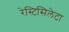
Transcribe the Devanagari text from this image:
रेस्टिसिलेटा